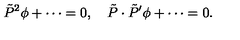
\tilde { P } ^ { 2 } \phi + \cdots = 0 , \quad \tilde { P } \cdot \tilde { P } ^ { \prime } \phi + \cdots = 0 .